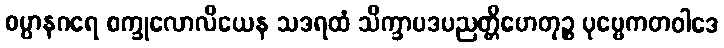
စမ္ပာနဂရေ စက္ခုလောလိယေန သဒရထံ သိက္ခာပဒပညတ္တိဟေတုဉ္စ ပုဗ္ဗေကတဝါဒေ